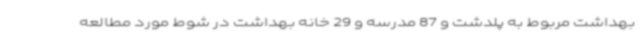
بهداشت مربوط به پلدشت و 87 مدرسه و 29 خانه بهداشت در شوط مورد مطالعه